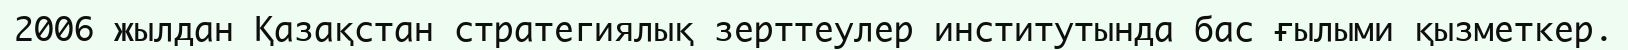
2006 жылдан Қазақстан стратегиялық зерттеулер институтында бас ғылыми қызметкер.